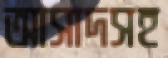
আসাদসহ